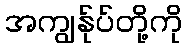
အကျွန်ုပ်တို့ကို